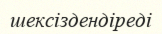
шексіздендіреді